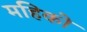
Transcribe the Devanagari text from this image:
महिको